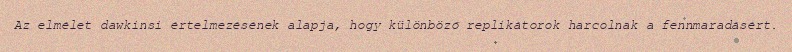
Az elmélet dawkinsi értelmezésének alapja, hogy különböző replikátorok harcolnak a fennmaradásért.